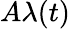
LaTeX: A\lambda(t)